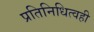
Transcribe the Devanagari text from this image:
प्रतिनिधित्वही